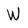
Character: W